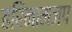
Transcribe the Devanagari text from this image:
हरिनामजप